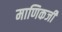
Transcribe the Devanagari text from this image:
माणिकजी